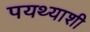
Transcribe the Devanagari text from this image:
पयथ्याशी